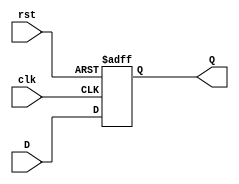
module DFlipFlop (input clk, input rst, input D, output reg Q);
always @ (posedge clk or posedge rst)
 begin
// Asynchronous Reset
if (rst)
Q <= 1'b0;
else
Q <= D;
end
endmodule